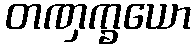
တဏှက္ခယော